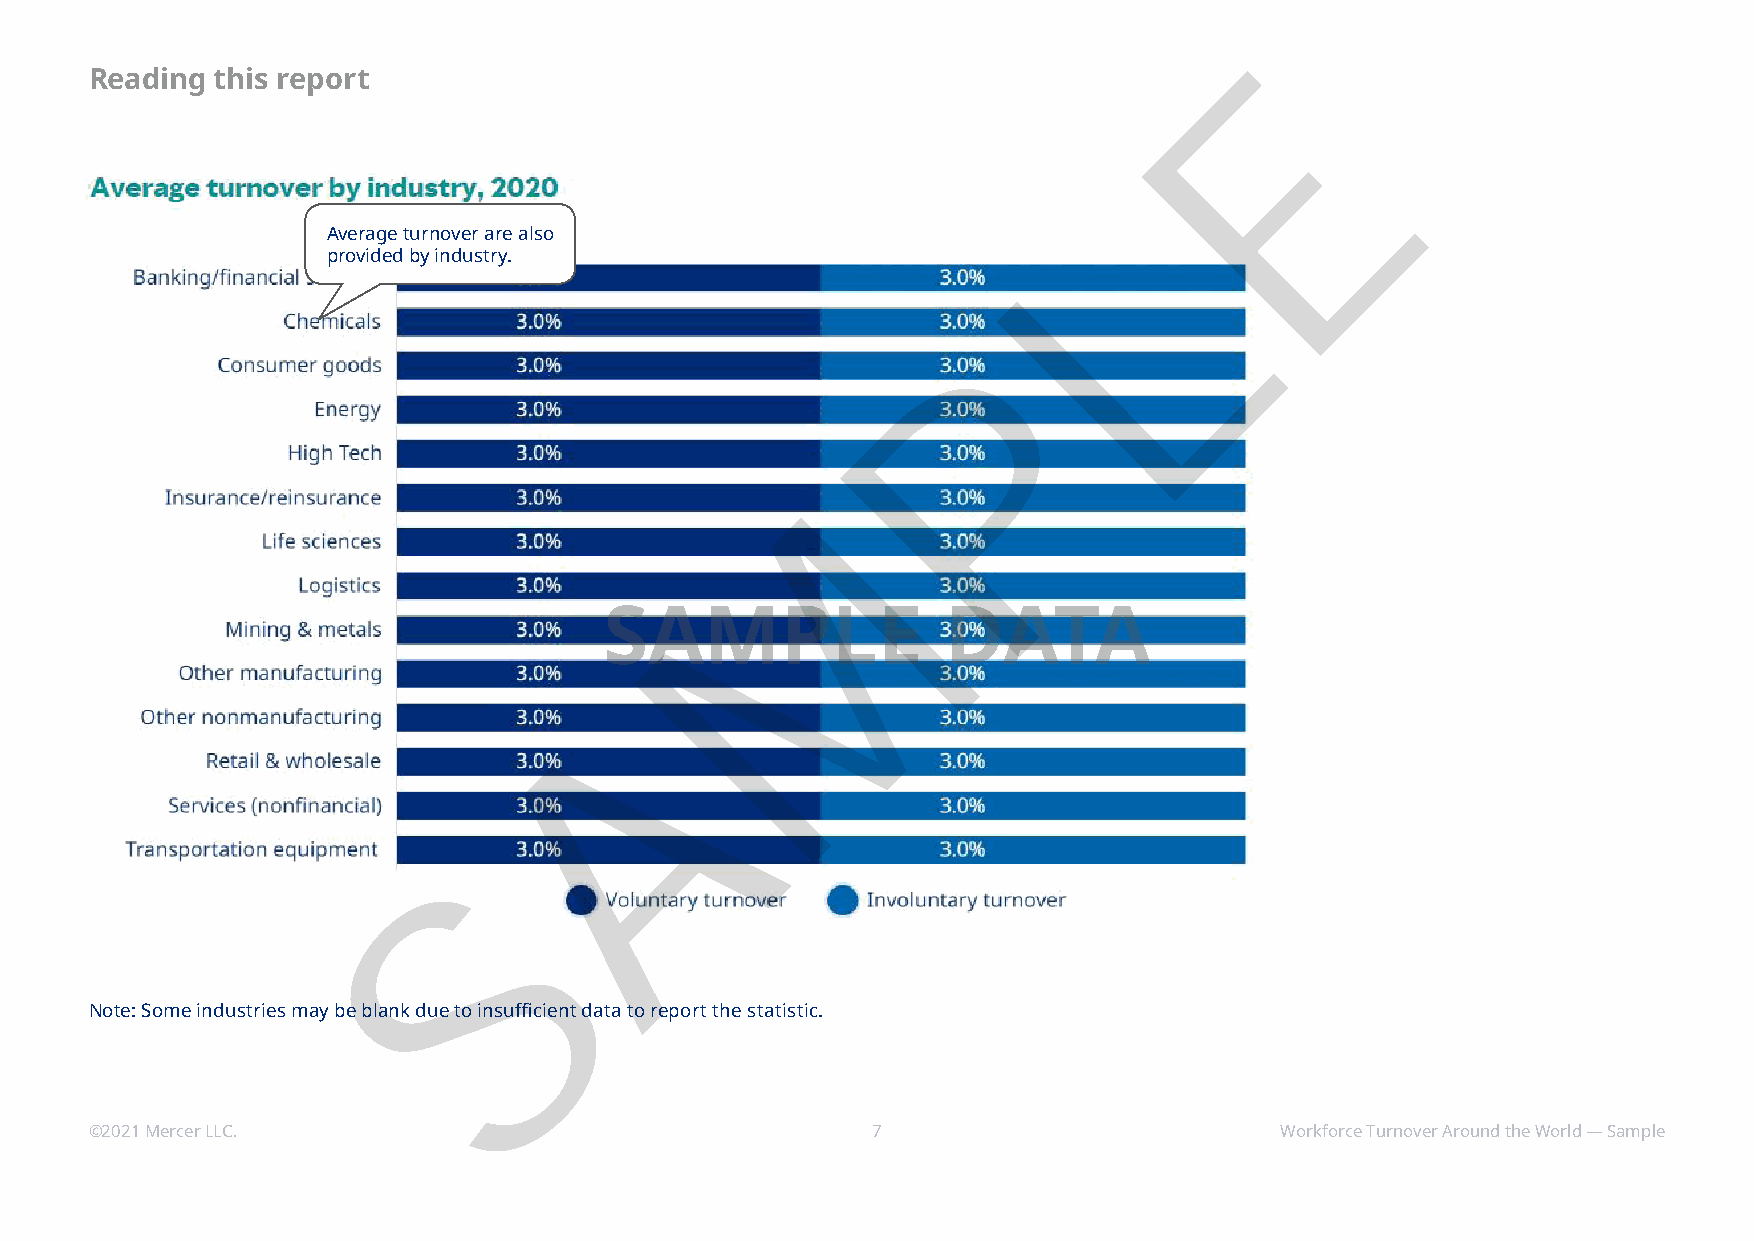
E
 Reading this report
 L
 Average turnover are also
 provided by industry.
 P
 M
 SAMPLE                 DATA
 A
 S
 Note: Some industries may be blank due to insufficient data to report the statistic.
 ©2021 Mercer LLC.                                   7                          Workforce Turnover Around the World — Sample